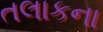
તલાકના